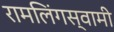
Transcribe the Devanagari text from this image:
रामलिंगस्वामी